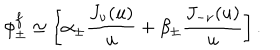
LaTeX: \phi _ { \pm } ^ { f } \simeq \left[ \alpha _ { \pm } { \frac { J _ { \nu } ( u ) } { u } } + \beta _ { \pm } { \frac { J _ { - \nu } ( u ) } { u } } \right] .